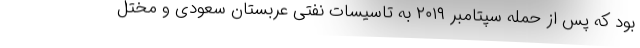
بود که پس از حمله سپتامبر ۲۰۱۹ به تاسیسات نفتی عربستان سعودی و مختل